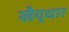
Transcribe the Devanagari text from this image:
खैयुधार